Medical and sanitary report of the native army of Bengal for the year
Year: 1876
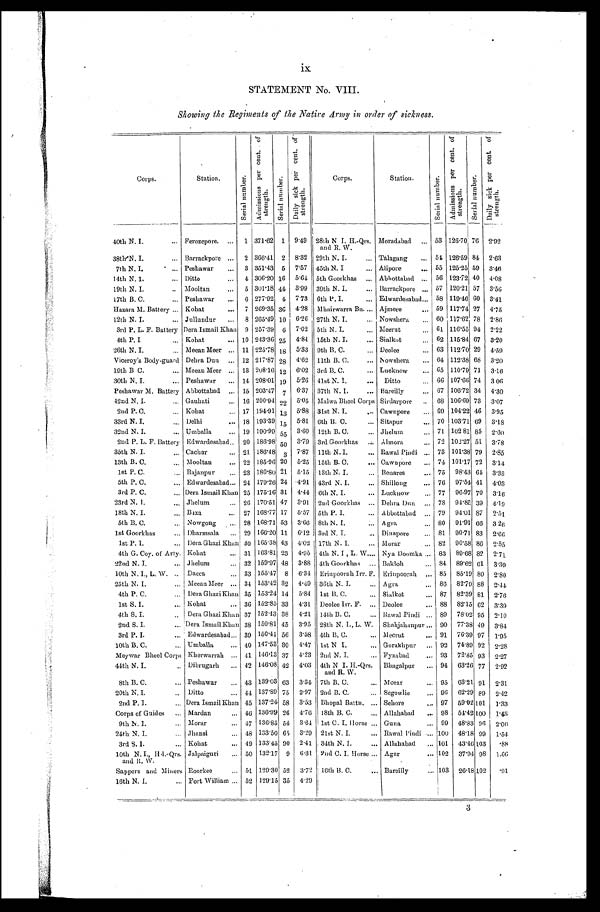
ix
STATEMENT No. VIII.
Showing the Regiments of the Native Army in order of sickness.
Corps.
Station.
S e r i a l n u m b e r .
A d m i s s i o n s p e r c e n t . o f
s t r e n g t h .
S e r i a l n u m b e r .
D a i l y s i c k p e r c e n t . o f
s t r e n g t h .
Corps.
Station.
S e r i a l n u m b e r .
A d m i s s i o n s p e r c e n t . o f
s t r e n g t h .
S e r i a l n u m b e r .
D a i l y s i c k p e r c e n t . o f
s t r e n g t h .
40th N. I.
... Ferozepore.
...
1
371.62 1 9.49 28th N I. H.-Qrs.
and R. W.
Moradabad
. . . 53 126.70 76 2.92
38th N. I.
... Barrackpore ...
2
366.41 2 8.32 29th N. I.
. . .
Talagang
. . . 54
1 2 6 . 5 9
84 2.63
7th N. I.
... Peshawar
...
3
351.43 5 7.57 45th N. I
. . .
Alipore
. . .
5 5125.25 59 3.46
14th N. I.
... Ditto
...
4
306.20 16 5.64 5th Goorkhas
. . .
Abbottabad
. . .
5 6123.72 40 4.08
19th N. I.
. . . Mooltan
...
5
301.18 44 3.99 39th N. I.
. . .
Barrackpore ... 57 120.21 57 3.56
17th B. C.
... Peshawar
...
6
277.92 4 7.73 6th P. I.
. . .Edwardesabad . . . 58 119.46 60 3.41
Hazara M. Bat t ery ... Kohat
...
7
269.35 36 4.28 Mhairwarra Bn.
. . .Ajmere
... 59 117.74 27 4.75
12th N. I.
... Jullundur
... 8 265.49 10 6.26 27th N. I.
. . .Nowshera ... 60 117.62 78 2.86
3rd P. L. F. Battery Dera Ismail Khan 9 257.39 6 7.02 5th N. I.
. . .Meerut
... 61 116.55 94 2.22
4th P. I
... Kohat
... 10 243.36 25 4.84 15th N. I.
. . .
Sialkot
. . . 62 115.84 67 3.20
26th N. I.
... Meean Meer ... 11 225.78 18 5.33 9th B. C.
. . .
Deolee
... 63 112.70 29 4.59
Viceroy's Body-guard Dehra Dun ... 12 217.87 28 4.62 11th B. C.
. . .
Nowshera
... 64 112.38 68 3.20
19th B C.
... Meean Meer ... 13 208.16 12 6.02 3rd B. C.
. . .
Lucknow
... 65 110.79 71 3.16
30th N. I.
... Peshawar
... 14 208.01 19 5.26 41st N. I.
. . . Ditto
... 66 107.66 74 3.06
Peshawar M. Battery Abbottabad ... 15 203.47 7 6.37 37th N. I.
. . . Bareilly
... 67 106.72 34 4.30
42nd N. I.
... Gauhati
... 16 200.94 22 5.05 Malwa Bheel Corps Sirdarpore .. 68 106.69 73 3.07
2nd P. C.
... Kohat
... 17 194.91 13 5.88 31st N. I.
. . . Cawnpore
... 69 104.22 46 3.95
33rd N. I.
... Delhi
... 18 193.39 15 5.81 6th B. C.
. . . Sitapur
... 70 103.71 69 3.18
32nd N. I.
... Umballa
... 19 190.99 55 3.60 12th B. C.
. . . Jhelum
... 71 102.81 85 2.60
2nd P. L. F. Battery Edwardesabad .. 20 186.98 50 3.79 3rd Goorkhas
. . . Almora
... 72 102.27 51 3.78
35th N. I.
... Cachar
... 21 186.48 3 7.87 11th N. I.
. . . Rawal Pindi ... 73 101.38 79 2.85
13th B. C.
... Mooltan
... 22 185.96 20 5.25 15th B. C.
. . . Cawnpore ... 74 101.17 72 3.14
1st P. C.
. . . Rajanpur
... 23 180.80 21 5.15 13th N. I.
... Benares
... 75 98.43 64 3.33
5th P. C.
... Edwardesabad ... 24 179.26 24 4.91 43rd N. I.
... Shillong
... 76 97.54 41
4.03
3rd P. C.
... Dera Ismail Khan 25 175.16 31 4.44
6th N. I.
... Lucknow
... 77 96.97 70 3.16
23rd N. I.
... Jhelum
... 26 170.51 47 3.91 2nd Goorkhas ... Dehra Dun ... 78 94.85 39
4.19
18th N. I.
... Baxa
... 27 168.77 17 5.57 5th P. I.
... Abbottabad
. . . 79 94.01 87 2.51
5th B. C.
... Nowgong
... 28 168.71 53 3.66 8th N. I.
... Agra
... 80 91.91 66 3.26
1st Goorkhas
... Dharmsala ... 29 166.20 11 6.12 3rd N. I.
... Dinapore
... 81 90.71 83 2.66
1st P. I.
... Dera Ghazi Khan 30 165.38 43 4.02 17th N. I.
... Morar
... 82 90.58 86
2.55
4th G. Coy. of Arty. Kohat
... 31 163.81 23 4.95 4th N. I , L. W. . . . Nya Doomka ... 83 89.68 82 2.71
2 2 n d N . I .
... Jhelum
... 32 159.97 48 3.88 4th Goorkhas ... Bakloh
... 84 89.62 61 3.39
10th N. I., L. W. ... Dacca
... 33 155.47 8 6.34 Erinpoorah Irr. F. Erinpoorah ... 85 85.19 80 2.80
25th N. I.
... Meean Meer ... 34 153.42 32 4.49 36th N. I.
... Agra
... 86 82.79 88 2.44
4th P. C.
... Dera Ghazi Khan 35 153.24 14 5.84 1st B. C.
... Sialkot
... 87 82.39 81 2.76
1st S. I.
... Kohat
... 36 152.85 33 4.31 Deolee Irr. F. ... Deolee
... 88 82.15 62 3.39
4th S. I.
.. Dera Ghazi Khan 37 152.43 38 4.21 14th B. C.
... Rawal Pindi ... 89 78.02 95 2.10
2nd S. I.
... Dera Ismail Khan 38 150.81 45 3.95 28th N. I., L. W. Shahjahanpur ... 90 77.38 49 3.84
3rd P. I.
... Edwardesabad ... 39 150.41 56 3.58 4th B. C.
... Meerut
... 91 76.39 97 1.95
10th B. C.
... Umballa
... 40 147.53 30 4.47
1st N I.
... Gorakhpur ... 92 74.89 92
2.28
Meywar Bheel Corps Kherwarrah ... 41 146.13 37 4.23 2nd N. I.
... Fyzabad
... 93 72.85 93 2.27
44th N. I.
.. Dibrugarh ... 42 146.08 42 4.03 4th N I. H.-Qrs.
and R. W.
Bhagalpur ... 94 63.26 77 2.92
8th B. C.
... Peshawar
... 43 139.03 63 3.34 7th B. C.
... Morar
... 95 63.21 91 2.31
20th N. I.
.. Ditto
... 44 137.89 75 2.97 2nd B. C.
... Segowlie
... 96 62.29 89 2.42
2nd P. I.
... Dera Ismail Khan 45 137.24 58 3.53 Bhopal Battn. ... Sehore
... 97 59.02 101 1.33
Corps of Guides ... Mardan
... 46 136.99 26 4.76 18th B. C.
... Allahabad ... 98 54.42 100 1.43
9th N. I.
... Morar
... 47 136.85 54 3.64 1st C. I. Horse ... Guna
... 99 48.83 96 2.06
24th N. I.
... Jhansi
... 48 133.50 65 3.29 21st N. I.
... Rawal Pindi ... 100 48.18 99 1.54
3rd S. I.
... Kohat
... 49 133.45 90 2.41 34th N. I.
... Allahabad
. . . 101 43.46 103 .88
10th N. I., Hd.-Qrs.
and R. W.
Jalpaiguri ... 50 132.17 9 6.31 2nd C. I. Horse ... Agar
. . . 102 37.94 9 8 1.66
Sappers and Miners Roorkee
... 51 129.30 52 3.72 16th B. C.
... Bareilly
. . . 103 26.18 102 .91
16th N. I.
... Fort William ... 52 129.15 35 4.29
3